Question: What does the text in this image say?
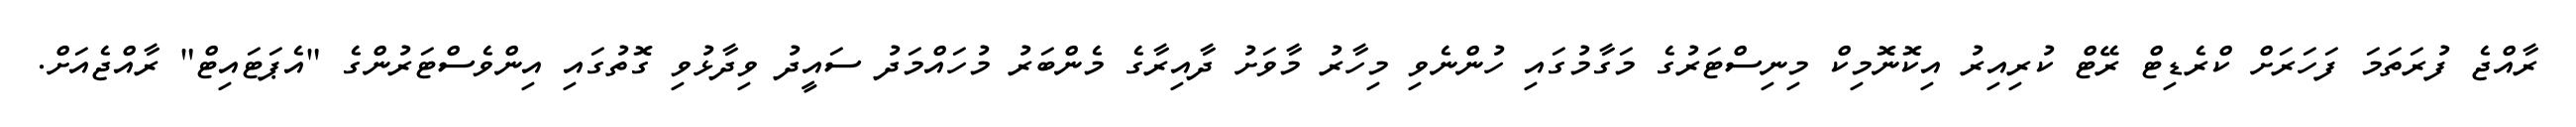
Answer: ރާއްޖެ ފުރަތަމަ ފަހަރަށް ކްރެޑިޓް ރޭޓް ކުރިއިރު އިކޮނޮމިކް މިނިސްޓަރުގެ މަގާމުގައި ހުންނެވި މިހާރު މާވަށު ދާއިރާގެ މެންބަރު މުހައްމަދު ސައީދު ވިދާޅުވި ގޮތުގައި އިންވެސްޓަރުންގެ "އެޕަޓައިޓް" ރާއްޖެއަށް.